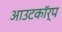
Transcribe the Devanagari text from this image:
आउटकॉर्प